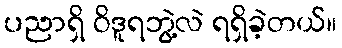
ပညာရှိ ဝိဒူရဘွဲ့လဲ ရရှိခဲ့တယ်။